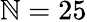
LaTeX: \mathbb{N}=25